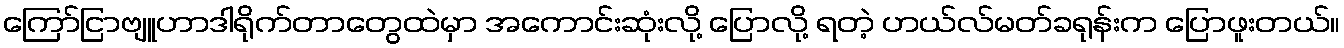
ကြော်ငြာဗျူဟာဒါရိုက်တာတွေထဲမှာ အကောင်းဆုံးလို့ ပြောလို့ ရတဲ့ ဟယ်လ်မတ်ခရုန်းက ပြောဖူးတယ်။